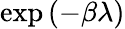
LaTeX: \exp\left(-\beta\lambda\right)